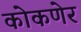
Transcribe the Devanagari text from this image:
कोकणेर